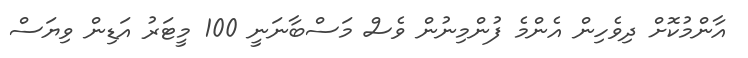
އާންމުކޮށް ދިވެހިން އެންމެ ފުންމިނުން ވެސް މަސްބާނަނީ 100 މީޓަރު އަޑިން ވިޔަސް